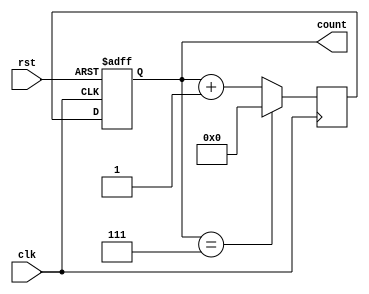
module ripple_counter_divider(
    input wire clk,
    input wire rst,
    output reg [7:0] count
);

reg [7:0] next_count;

always @(posedge clk or posedge rst) begin
    if (rst) begin
        count <= 8'b0;
    end else begin
        count <= next_count;
    end
end

always @(posedge clk) begin
    if (count == 8'd7) begin
        next_count <= 8'b0;
    end else begin
        next_count <= count + 8'b1;
    end
end

endmodule